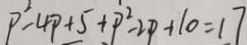
P ^ { 2 } - 4 P + 5 + P ^ { 2 } - 2 p + 1 0 = 1 7